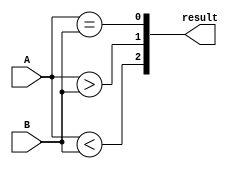
module comparator (
    input [15:0] A,
    input [15:0] B,
    output [2:0] result
);

assign result[0] = (A == B);
assign result[1] = (A > B);
assign result[2] = (A < B);

endmodule